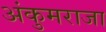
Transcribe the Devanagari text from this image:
अंकुमराजा